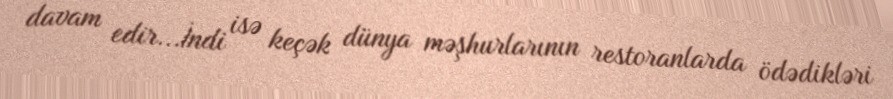
davam edir...İndi isə keçək dünya məşhurlarının restoranlarda ödədikləri